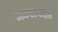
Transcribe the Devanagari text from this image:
अकरापेक्षा